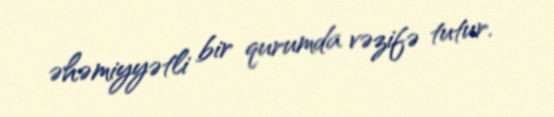
əhəmiyyətli bir qurumda vəzifə tutur.